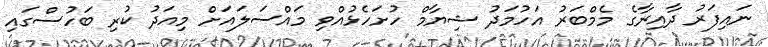
ނައިފަރު ދާއިރާގެ މެމްބަރު އަހުމަދު ޝިޔާމް ހުށަހެޅުއްވި މައްސަލައަށް މިއަދު ކުރި ބަހުސްގައި